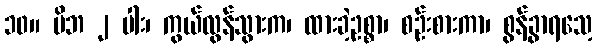
၁၀။ မိဘ ၂ ပါး၊ ကွယ်လွန်သွားက၊ ထားခဲ့ဥစ္စာ၊ စဉ်းစားကာ၊ စွန့်ခွာရသေ့